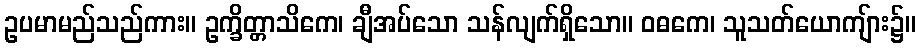
ဥပမာမည်သည်ကား။ ဥက္ခိတ္တာသိကေ၊ ချီအပ်သော သန်လျက်ရှိသော။ ဝဓကေ၊ သူသတ်ယောကျ်ား၌။